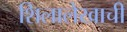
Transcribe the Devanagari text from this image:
शिलालेखाची